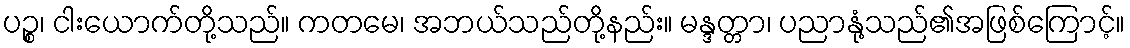
ပဉ္စ၊ ငါးယောက်တို့သည်။ ကတမေ၊ အဘယ်သည်တို့နည်း။ မန္ဒတ္တာ၊ ပညာနုံ့သည်၏အဖြစ်ကြောင့်။